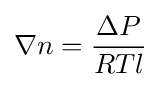
\nabla n={\frac {\Delta P}{RTl}}